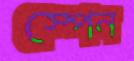
স্পেন